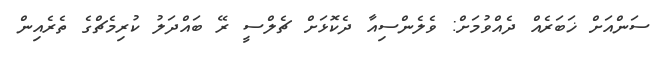
ސަންއަށް ޚަބަރެއް ދެއްވުމަށް: ވެލެންސިއާ ދެކޮޅަށް ޗެލްސީ ރޭ ބައްދަލު ކުރިމެޗްގެ ތެރެއިން